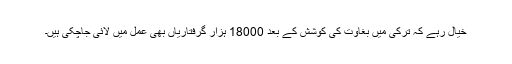
خیال رہے کہ ترکی میں بغاوت کی کوشش کے بعد 18000 ہزار گرفتاریاں بھی عمل میں لائی جاچکی ہیں۔